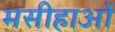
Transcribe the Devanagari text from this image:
मसीहाओं